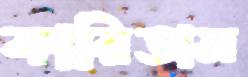
কারিতাস